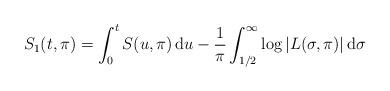
LaTeX: \begin{align*}S_1(t,\pi) = \int_0^t S(u,\pi) \, \mathrm{d}u - \frac{1}{\pi} \int_{1/2}^\infty \log|L(\sigma,\pi)| \, \mathrm{d}\sigma\end{align*}